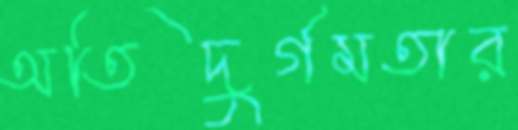
অতিদুর্গমতার